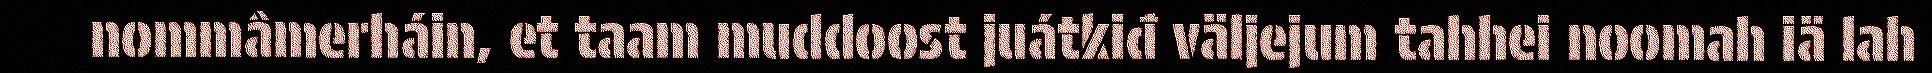
nommâmerháin, et taam muddoost juátkiđ väljejum tahhei noomah iä lah